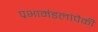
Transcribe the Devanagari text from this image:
प्रभामंडलांपैकी